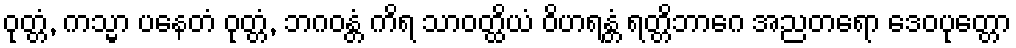
ဝုတ္တံ, ကသ္မာ ပနေတံ ဝုတ္တံ, ဘဂဝန္တံ ကိရ သာဝတ္ထိယံ ဝိဟရန္တံ ရတ္တိဘာဂေ အညတရော ဒေဝပုတ္တော